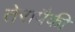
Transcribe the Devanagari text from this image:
तेरापैकी